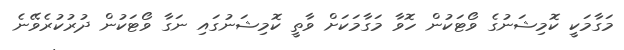
މަގާމަކީ ކޮމިޝަނުގެ ވޯޓަކުން ހޮވާ މަގާމަކަށް ވާތީ ކޮމިޝަނުގައި ނަގާ ވޯޓަކުން ދުރުކުރެވޭނެ